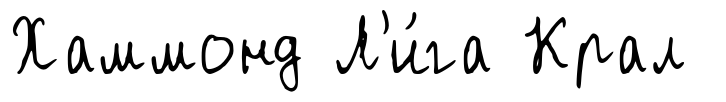
Хаммонд Л'и́га Крал